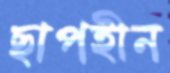
ছাপহীন